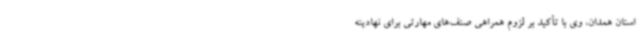
استان همدان، وی با تأکید بر لزوم همراهی صنف‌های مهارتی برای نهادینه